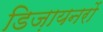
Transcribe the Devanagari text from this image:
डिज़ायनरों